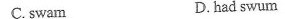
C.swam D.had swum